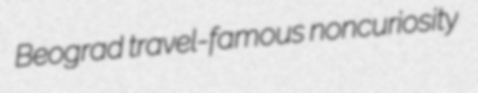
Beograd travel-famous noncuriosity